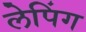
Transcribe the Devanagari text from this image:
लेपिंग